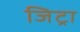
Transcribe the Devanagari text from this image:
जिट्रा